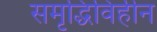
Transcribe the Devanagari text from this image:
समृद्धिविहीन